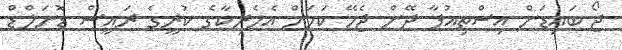
ޖޯ ބައިޑަން އިސްތިއުފާ ދޭން ޖެހޭ ކަމަށް އެމެރިކާގެ ކުރީގެ ރައީސް ޑޮނަލްޑް